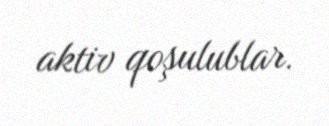
aktiv qoşulublar.